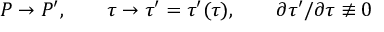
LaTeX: { \cal P } \rightarrow { \cal P } ^ { \prime } , \qquad \tau \rightarrow \tau ^ { \prime } = \tau ^ { \prime } ( \tau ) , \qquad \partial \tau ^ { \prime } / \partial \tau \not \equiv 0